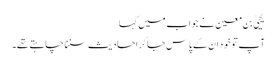
یحییٰ بن معین نے جواب میں کہا
آپ تو خود ان کے پاس جا کر احادیث سننا چاہتے تھے۔